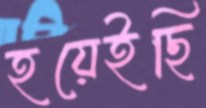
হয়েইছি